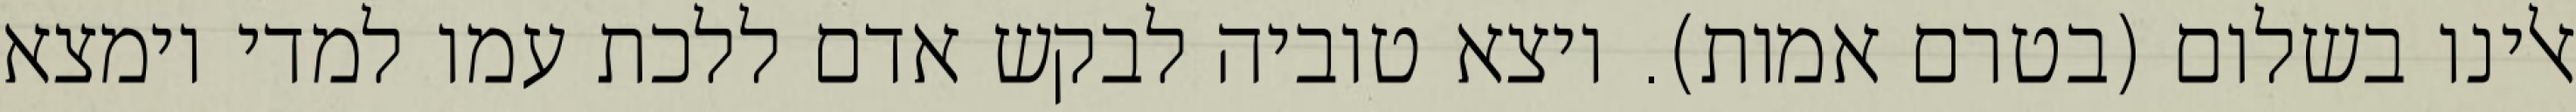
אלינו בשלום (בטרם אמות). ויצא טוביה לבקש אדם ללכת עמו למדי וימצא